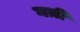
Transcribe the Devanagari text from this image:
गय़ी